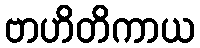
ဗာဟိတိကာယ